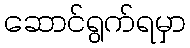
ဆောင်ရွက်ရမှာ